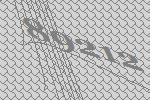
89212